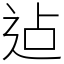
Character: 迠